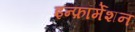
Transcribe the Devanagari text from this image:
इन्फ़ॉर्मेशन